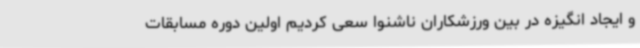
و ایجاد انگیزه در بین ورزشکاران ناشنوا سعی کردیم اولین دوره مسابقات